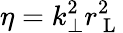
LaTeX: \eta=k_{\perp}^{2}r_{\mathrm{~L~}}^{2}